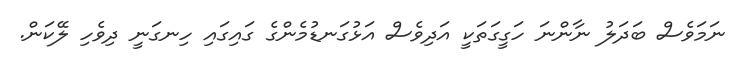
ނަމަވެސް ބަދަލު ނާންނަ ހަގީގަތަކީ އަދިވެސް އަޅުގަނޑުމެންގެ ގައިގައި ހިނގަނީ ދިވެހި ލޭކަން.